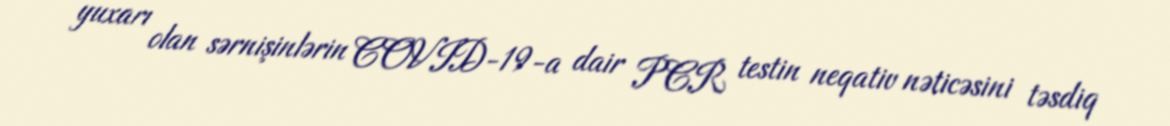
yuxarı olan sərnişinlərin COVID-19-a dair PCR testin neqativ nəticəsini təsdiq